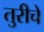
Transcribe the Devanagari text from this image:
तुरीचे